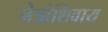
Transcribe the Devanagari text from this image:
नेत्रांशिवाय